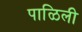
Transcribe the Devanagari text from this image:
पाळिली